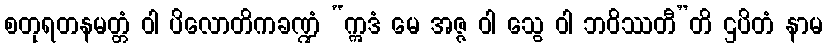
စတုရတနမတ္တံ ဝါ ပိလောတိကခဏ္ဍံ “ဣဒံ မေ အဇ္ဇ ဝါ သွေ ဝါ ဘဝိဿတီ”တိ ဌပိတံ နာမ